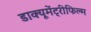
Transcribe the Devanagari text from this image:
डाक्यूमेंट्रीफिल्म